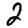
Digit: 2